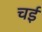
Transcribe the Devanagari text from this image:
चई